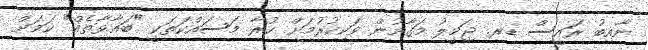
ނާއިބު ރައީސް ޑރ. ޖަމީލު މަގާމުން ވަކިކުރުމަށް ކުރާ މަސައްކަތަކީ "ބަޣާވާތެއް" ކަމަށް